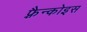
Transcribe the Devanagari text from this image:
फ़्रैन्कोइस